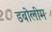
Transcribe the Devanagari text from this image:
डबोलीम